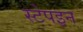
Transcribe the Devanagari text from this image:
स्टेपइन